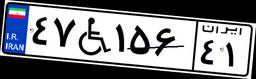
۴۷W۱۵۶۴۱